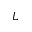
L